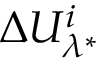
\Delta U _ { \lambda ^ { * } } ^ { i }